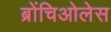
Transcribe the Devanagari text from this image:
ब्रोंचिओलेस